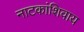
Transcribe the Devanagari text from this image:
नाटकांशिवाय